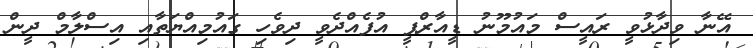
އޭނާ ވިދާޅުވީ ރައީސް މައުމޫނު ޑީއާރްޕީ އުފެއްދެވީ ދިވެހި ގައުމިއްޔަތާއި އިސްލާމް ދީން